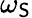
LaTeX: \omega_{\mathsf{S}}